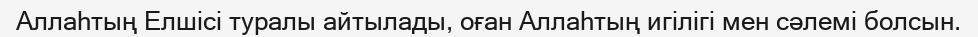
Аллаһтың Елшісі туралы айтылады, оған Аллаһтың игілігі мен сәлемі болсын.